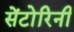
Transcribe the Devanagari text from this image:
सेंटोरिनी